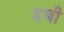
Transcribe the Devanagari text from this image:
डबी